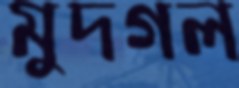
মুদগল